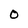
Character: 0